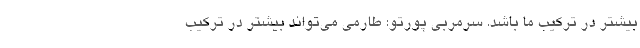
بیشتر در ترکیب ما باشد. سرمربی پورتو: طارمی می‌تواند بیشتر در ترکیب